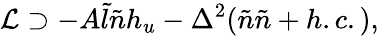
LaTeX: \mathcal{L}\supset-A\tilde{l}\tilde{n}h_{u}-\Delta^{2}(\tilde{n}\tilde{n}+h.c.),